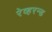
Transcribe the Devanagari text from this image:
रेव्हरन्ड